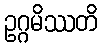
ဥဂ္ဂမိဿတိ